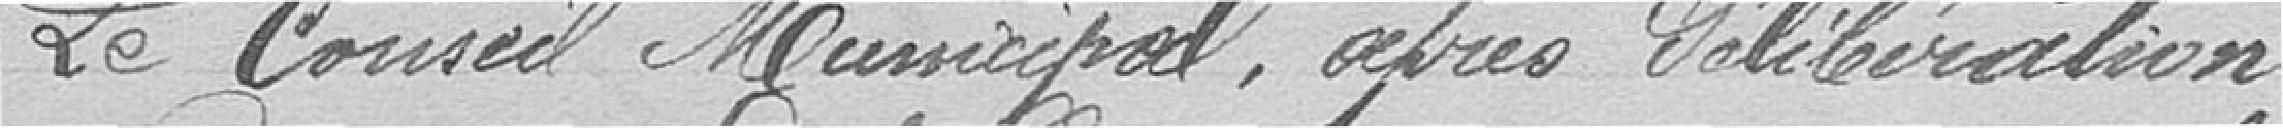
Le Conseil Municipal, après délibération